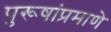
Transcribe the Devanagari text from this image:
पुरूषांप्रमाणे